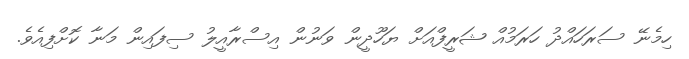
ހިމެނޭ ސަރަހައްދު ހަރަމުއް ޝަރީފްއަށް ޔަހޫދީން ވަނުން އިސްރާއީލު ސިފައިން މަނާ ކޮށްފިއެވެ.